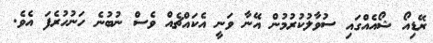
ރޭޑިއޯ ޝޯއެއްގައި ސުވާލުކުރުމުން އޭނާ ވަނީ އެކައްޗެއް ވެސް ނުބުނެ ހަނުހުރެފަ އެވެ.